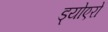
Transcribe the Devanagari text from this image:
ड्योएरो